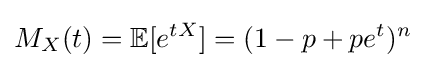
M_{X}(t)=\mathbb {E} [e^{tX}]=(1-p+pe^{t})^{n}